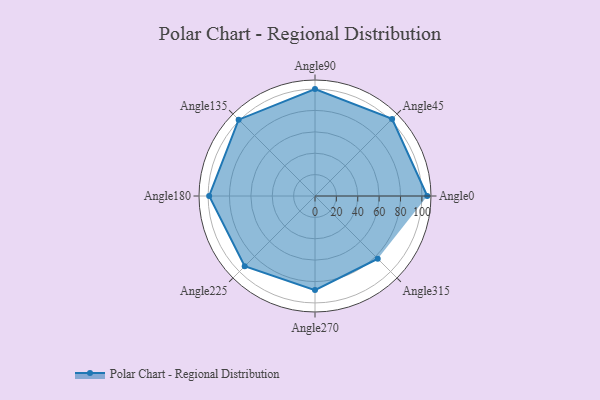
{"axis": {"x": "Angle", "y": "Radius"}, "legend": [""], "data": [{"x": "Angle0", "y": 105.0, "type": ""}, {"x": "Angle45", "y": 102.0, "type": ""}, {"x": "Angle90", "y": 100.0, "type": ""}, {"x": "Angle135", "y": 101.0, "type": ""}, {"x": "Angle180", "y": 99.0, "type": ""}, {"x": "Angle225", "y": 93.0, "type": ""}, {"x": "Angle270", "y": 88.0, "type": ""}, {"x": "Angle315", "y": 83.0, "type": ""}]}